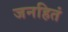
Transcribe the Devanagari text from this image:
जनहितं